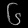
Digit: ၆